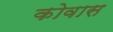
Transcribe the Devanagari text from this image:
कोवास